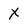
Character: X